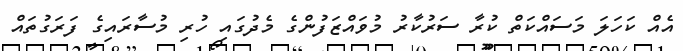
އެއް ކަހަލަ މަސައްކަތް ކުރާ ސަރުކާރު މުވައްޒަފުންގެ މެދުގައި ހުރި މުސާރައިގެ ފަރަގުތައް